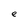
Character: e